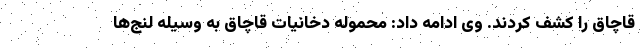
قاچاق را کشف کردند. وی ادامه داد: محموله دخانیات قاچاق به وسیله لنج‌ها